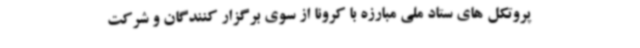
پروتکل های ستاد ملی مبارزه با کرونا از سوی برگزار کنندگان و شرکت